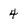
Character: 4